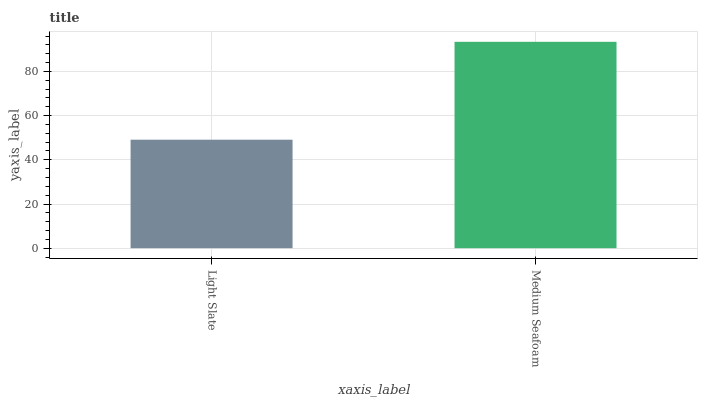
| xaxis_label | bars |
 | --- | --- |
 | Light Slate | 49.1 |
 | Medium Seafoam | 93.4 |